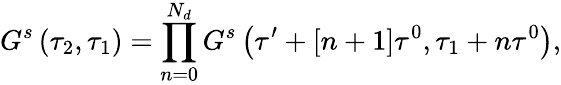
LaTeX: G^{s}\left(\tau_{2},\tau_{1}\right)=\prod_{n=0}^{N_{d}}G^{s}\left(\tau^{\prime}+[n+1]\tau^{0},\tau_{1}+n\tau^{0}\right),